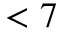
< 7